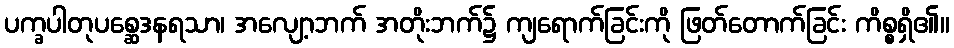
ပက္ခပါတုပစ္ဆေဒနရသာ၊ အလျော့ဘက် အတိုးဘက်၌ ကျရောက်ခြင်းကို ဖြတ်တောက်ခြင်း ကိစ္စရှိ၏။